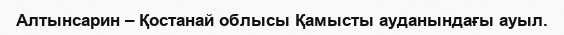
Алтынсарин – Қостанай облысы Қамысты ауданындағы ауыл.